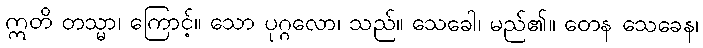
ဣတိ တသ္မာ၊ ကြောင့်။ သော ပုဂ္ဂလော၊ သည်။ သေခေါ၊ မည်၏။ တေန သေခေန၊